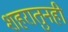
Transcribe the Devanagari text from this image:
शहरातुनही